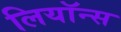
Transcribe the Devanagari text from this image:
लियॉन्स